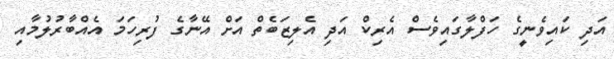
އަދި ކައިވެނީގެ ހަފްލާގައިވެސް އެރިކް އަދި އެލިޒަބެތް އަށް އޭނާގެ ފުރިހަމަ އެއްބާރުލުމާއި